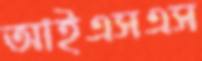
আইএসএস